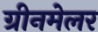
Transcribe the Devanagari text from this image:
ग्रीनमेलर